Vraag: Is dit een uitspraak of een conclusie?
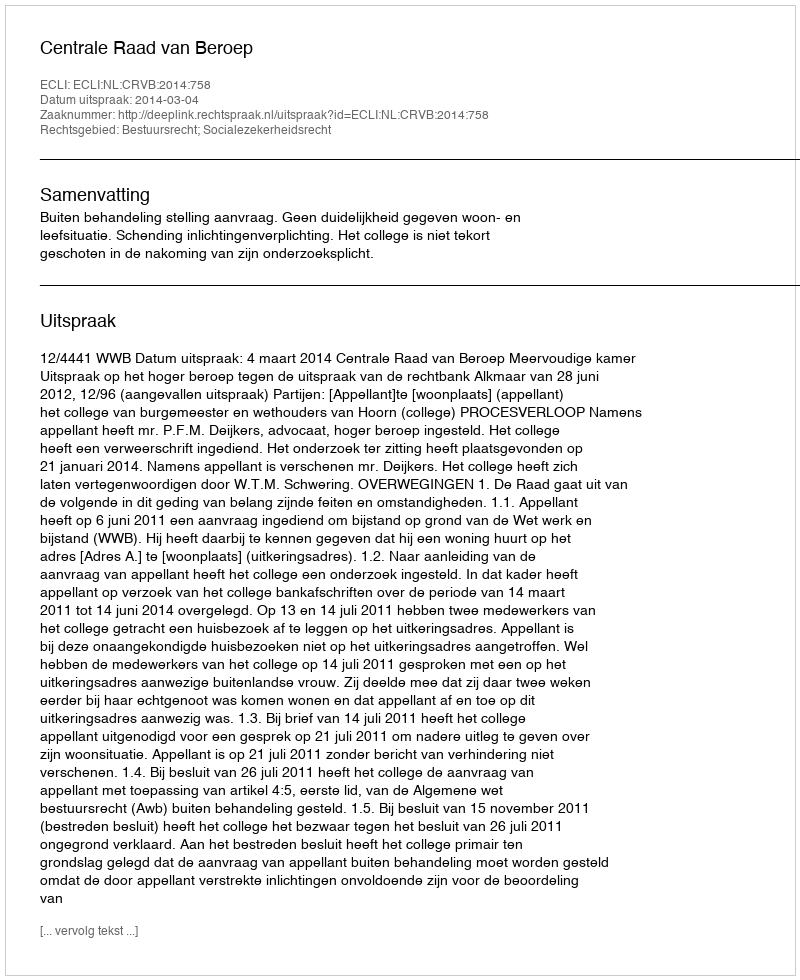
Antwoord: Uitspraak